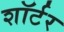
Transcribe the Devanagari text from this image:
शॉर्टर